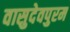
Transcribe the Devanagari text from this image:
वासुदेवपुरम